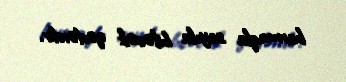
barmaqla sayıla biləcək qədərdir.